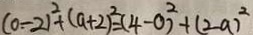
( 0 - 2 ) ^ { 2 } + ( a + 2 ) ^ { 2 } = ( 4 - 0 ) ^ { 2 } + ( 2 - a ) ^ { 2 }